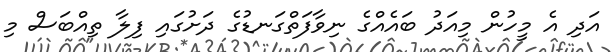
އަދި އެ މީހުން މިއަދު ބައެއްގެ ނިވާފަތްގަނޑުގެ ދަށުގައި ފިލާ ތިއްބަސް މި